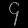
Digit: ၄